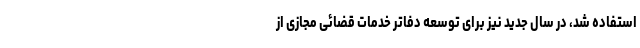
استفاده شد، در سال جدید نیز برای توسعه دفاتر خدمات قضائی مجازی از